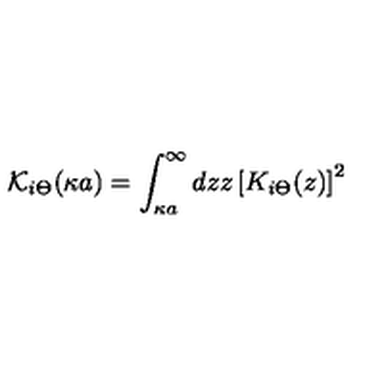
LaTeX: { \mathcal K _ { i \Theta } } ( \kappa a ) = \int _ { \kappa a } ^ { \infty } d z z \left[ K _ { i \Theta } ( z ) \right] ^ { 2 }